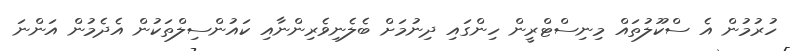
ހުރުމުން އެ ސްކޫލުތައް މިނިސްޓްރީން ހިންގައި ދިނުމަށް ބެލެނިވެރިންނާއި ކައުންސިލްތަކުން އެދެމުން އަންނަ